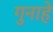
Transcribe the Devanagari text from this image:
गुनाहे